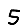
Digit: 5